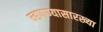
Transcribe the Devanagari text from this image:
म्हणण्यासारख्या